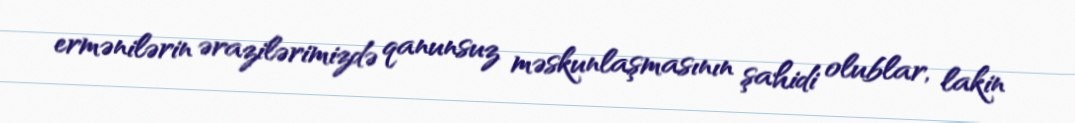
ermənilərin ərazilərimizdə qanunsuz məskunlaşmasının şahidi olublar, lakin